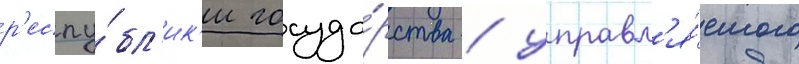
р'еспу́бл'ик'и госуда́рства / управл'я́емого